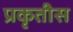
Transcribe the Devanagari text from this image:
प्रकृतीस